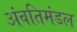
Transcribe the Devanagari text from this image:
अंवतिमंडल